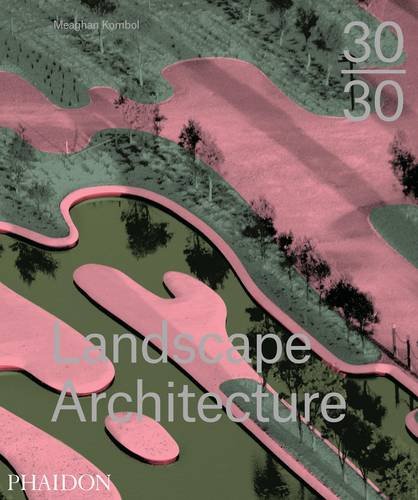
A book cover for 30:30 Landscape Architecture; Meaghan Kombol; Arts & Photography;